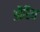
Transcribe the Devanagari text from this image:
औरिन